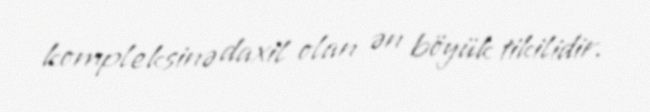
kompleksinə daxil olan ən böyük tikilidir.